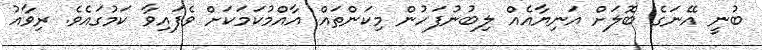
ބުނީ އޭނަގެ ބޮލަށް އަނިޔާއެއް ލިބުނުފަހުން މިކަންތައް އާއްމުކަމަކަށް ވެފައިވާ ކަމުގައެވެ. ރިވާއު